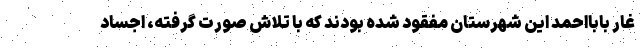
غار بابااحمد این شهرستان مفقود شده بودند که با تلاش صورت گرفته، اجساد